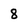
Character: 8